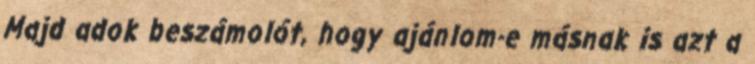
Majd adok beszámolót, hogy ajánlom-e másnak is azt a